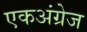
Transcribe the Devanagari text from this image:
एकअंग्रेज